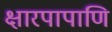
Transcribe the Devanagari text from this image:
क्षारपापाणि